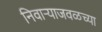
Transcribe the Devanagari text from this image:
निवाऱ्याजवळच्या